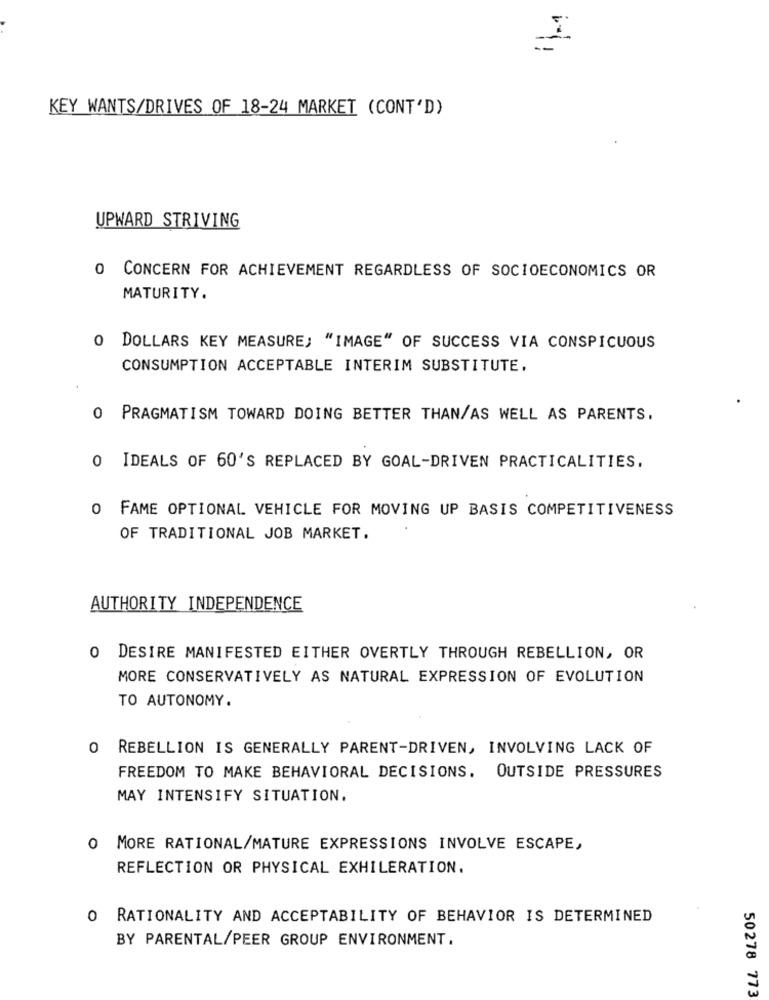
KEY WANTS/DRIVES OF 18-24 MARKET (CONT'D)
UPWARD STRIVING
0 CONCERN FOR ACHIEVEMENT REGARDLESS OF SOCIOECONOMICS OR
MATURITY.
0 DOLLARS KEY MEASURE; "IMAGE" OF SUCCESS VIA CONSPICUOUS
CONSUMPTION ACCEPTABLE INTERIM SUBSTITUTE.
O PRAGMATISM TOWARD DOING BETTER THAN/AS WELL AS PARENTS.
0 IDEALS OF 60'S REPLACED BY GOAL-DRIVEN PRACTICALITIES,
O FAME OPTIONAL VEHICLE FOR MOVING UP BASIS COMPETITIVENESS
OF TRADITIONAL JOB MARKET.
AUTHORITY INDEPENDENCE
O DESIRE MANIFESTED EITHER OVERTLY THROUGH REBELLION, OR
MORE CONSERVATIVELY AS NATURAL EXPRESSION OF EVOLUTION
TO AUTONOMY.
O REBELLION IS GENERALLY PARENT-DRIVEN, INVOLVING LACK OF
FREEDOM TO MAKE BEHAVIORAL DECISIONS. OUTSIDE PRESSURES
MAY INTENSIFY SITUATION.
O MORE RATIONAL/MATURE EXPRESSIONS INVOLVE ESCAPE,
REFLECTION OR PHYSICAL EXHILERATION.
O RATIONALITY AND ACCEPTABILITY OF BEHAVIOR IS DETERMINED
BY PARENTAL/PEER GROUP ENVIRONMENT.
50278 773